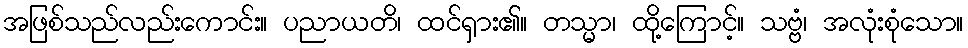
အဖြစ်သည်လည်းကောင်း။ ပညာယတိ၊ ထင်ရှား၏။ တသ္မာ၊ ထို့ကြောင့်။ သဗ္ဗံ၊ အလုံးစုံသော။